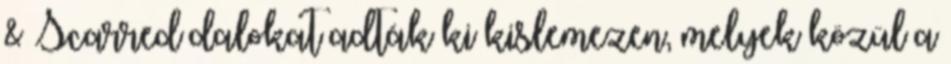
& Scarred dalokat adták ki kislemezen, melyek közül a